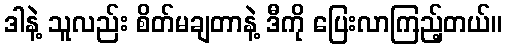
ဒါနဲ့ သူလည်း စိတ်မချတာနဲ့ ဒီကို ပြေးလာကြည့်တယ်။